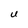
Character: U